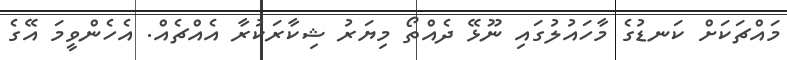
މައްޗަކަށް ކަނޑުގެ މާހައުލުގައި ނޫޅޭ ދެއްތޯ މިޔަރު ޝިކާރަކުރާ އެއްޗެއް. އެހެންވީމަ އޭގެ